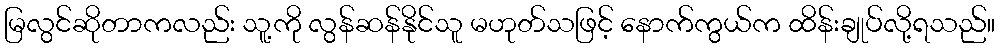
မြလွင်ဆိုတာကလည်း သူ့ကို လွန်ဆန်နိုင်သူ မဟုတ်သဖြင့် နောက်ကွယ်က ထိန်းချုပ်လို့ရသည်။